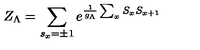
Z _ { \Lambda } = \sum _ { s _ { x } = \pm 1 } e ^ { \frac { 1 } { g _ { \Lambda } } \sum _ { x } S _ { x } S _ { x + 1 } }